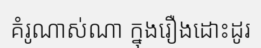
គំរូណាស់ណា ក្នុងរឿងដោះដូរ